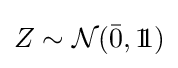
Z\sim {\mathcal {N}}({\bar {0}},1\!\!1)